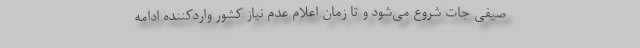
صیفی جات شروع می‌شود و تا زمان اعلام عدم نیاز کشور واردکننده ادامه